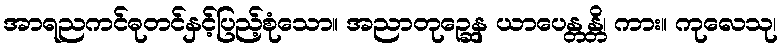
အာရညကင်ဓုတင်နှင့်ပြည့်စုံသော။ အညာတုဉ္ဆေန ယာပေန္တန္တိ၊ ကား။ ကုလေသု၊